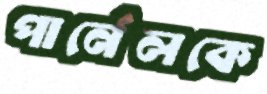
পার্নেলকে